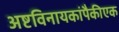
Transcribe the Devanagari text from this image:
अष्टविनायकांपैकीएक